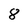
Character: 8